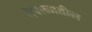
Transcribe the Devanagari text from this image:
नेपाळातील